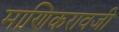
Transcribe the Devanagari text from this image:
माणिकरावजी